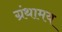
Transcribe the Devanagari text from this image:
ग्रंथामय